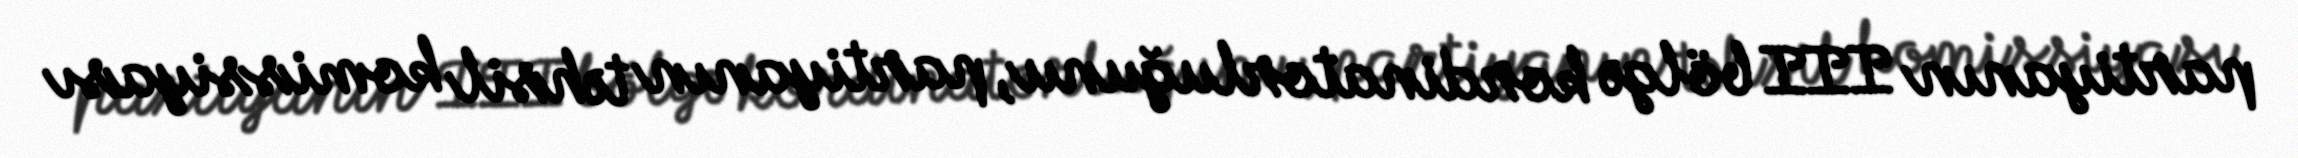
partiyanın III bölgə kordinatorluğunu, partiyanın təhsil komissiyası